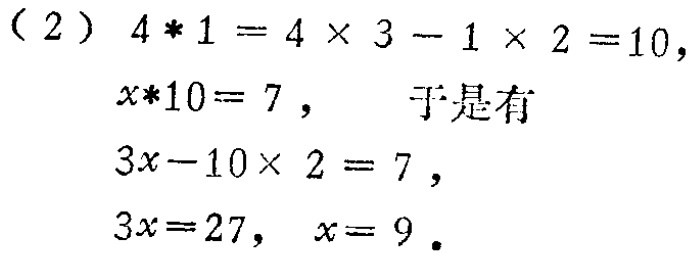
（2）\(4*1 = 4\times 3 - 1\times 2 = 10\)，
\(x*10 = 7\)， 于是有
\(3x - 10\times 2 = 7\)，
\(3x = 27\)， \(x = 9\)。